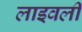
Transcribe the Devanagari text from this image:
लाइवली